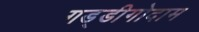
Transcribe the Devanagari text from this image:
गड्डीगोदाम